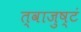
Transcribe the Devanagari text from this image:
त्वाजुष्टं